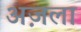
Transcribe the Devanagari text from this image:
अज़ला